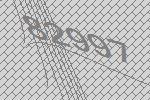
82997